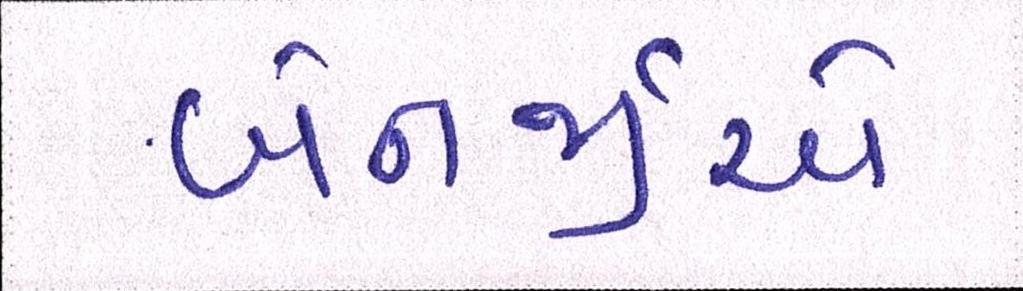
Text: બેનર્જીએ